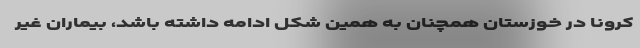
کرونا در خوزستان همچنان به همین شکل ادامه داشته باشد، بیماران غیر